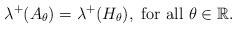
LaTeX: \begin{align*}\lambda\sp+(A_\theta)=\lambda\sp+(H_\theta), \mbox{ for all }\theta \in\mathbb{R}.\end{align*}